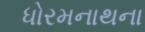
ધોરમનાથના